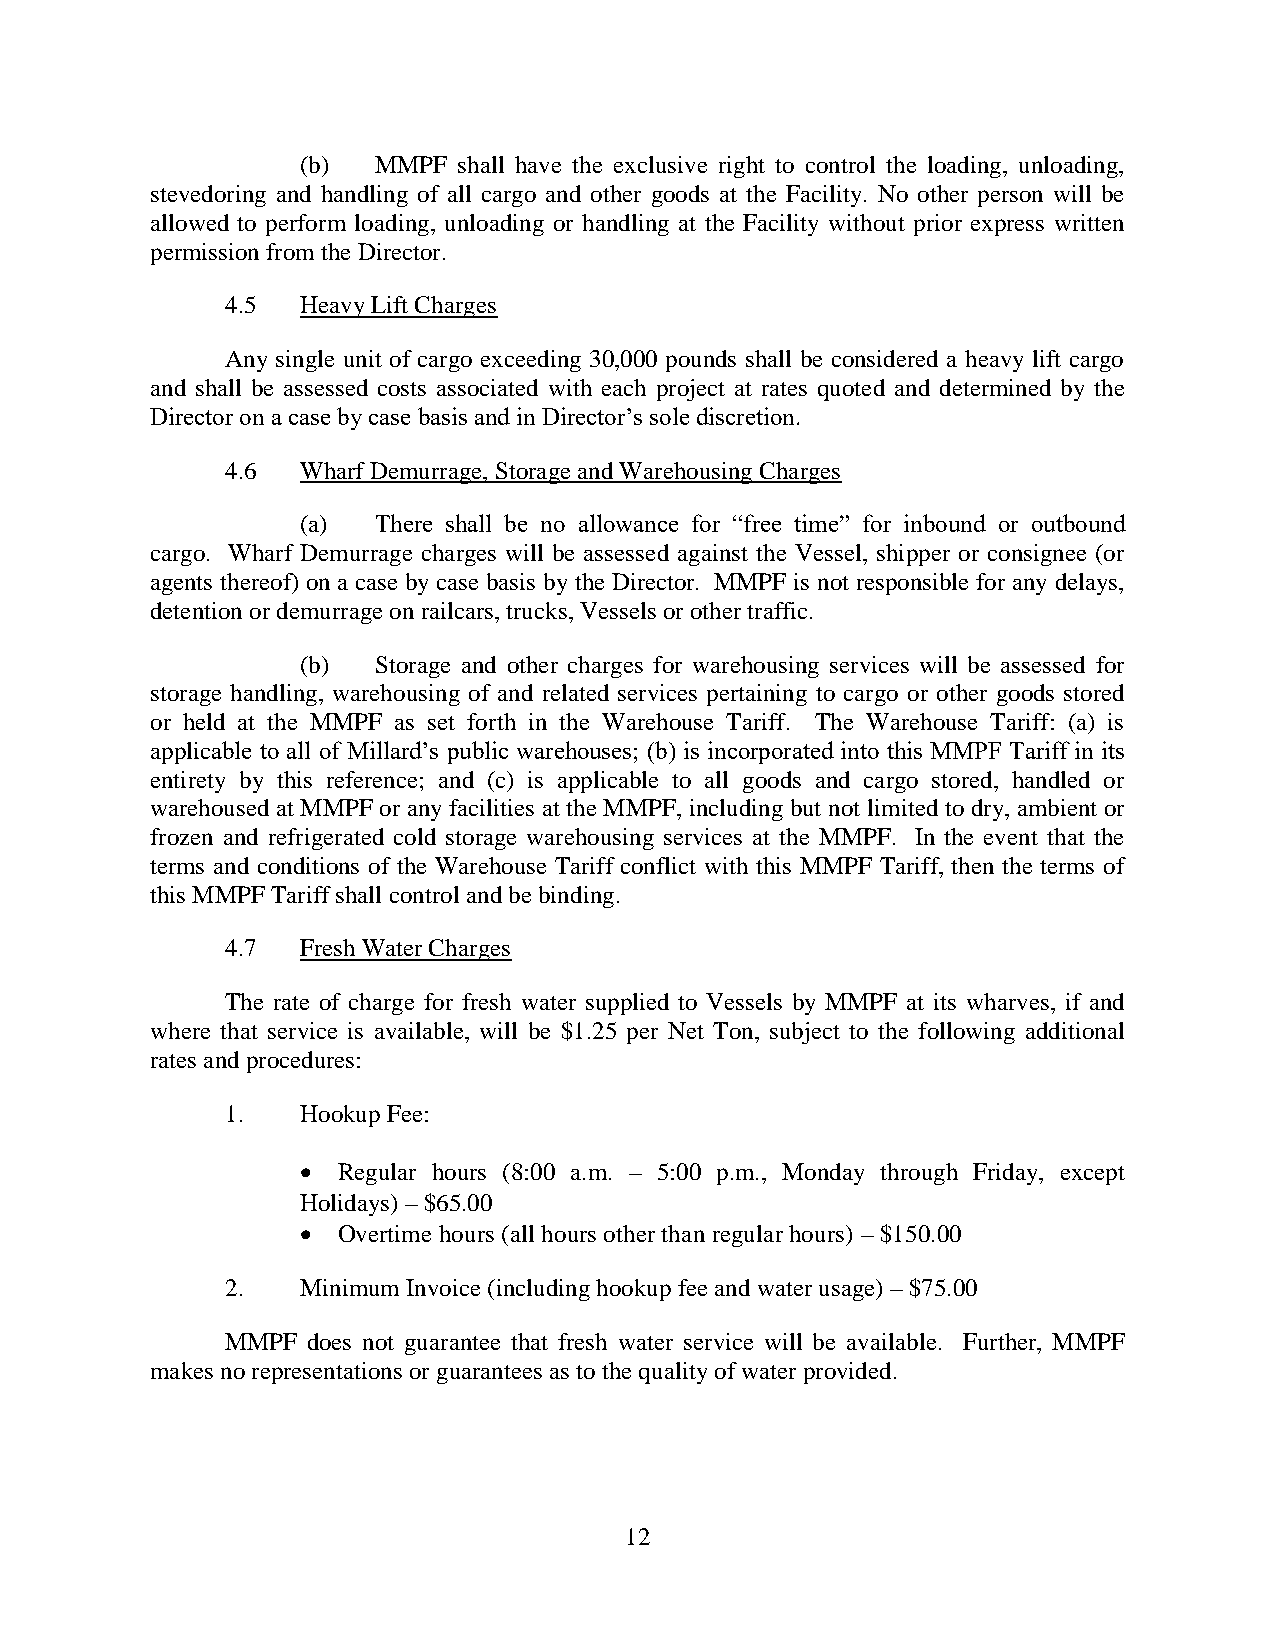
(b)  MMPF shall have the exclusive right to control the loading, unloading,
 stevedoring and handling of all cargo and other goods at the Facility. No other person will be
 allowed to perform loading, unloading or handling at the Facility without prior express written
 permission from the Director.
 4.5  Heavy Lift Charges
 Any single unit of cargo exceeding 30,000 pounds shall be considered a heavy lift cargo
 and shall be assessed costs associated with each project at rates quoted and determined by the
 Director on a case by case basis and in Director’s sole discretion.
 4.6  Wharf Demurrage, Storage and Warehousing Charges
 (a)  There shall be no allowance for “free time” for inbound or outbound
 cargo. Wharf Demurrage charges will be assessed against the Vessel, shipper or consignee (or
 agents thereof) on a case by case basis by the Director. MMPF is not responsible for any delays,
 detention or demurrage on railcars, trucks, Vessels or other traffic.
 (b)  Storage and other charges for warehousing services will be assessed for
 storage handling, warehousing of and related services pertaining to cargo or other goods stored
 or held at the MMPF as set forth in the Warehouse Tariff. The Warehouse Tariff: (a) is
 applicable to all of Millard’s public warehouses; (b) is incorporated into this MMPF Tariff in its
 entirety by this reference; and (c) is applicable to all goods and cargo stored, handled or
 warehoused at MMPF or any facilities at the MMPF, including but not limited to dry, ambient or
 frozen and refrigerated cold storage warehousing services at the MMPF. In the event that the
 terms and conditions of the Warehouse Tariff conflict with this MMPF Tariff, then the terms of
 this MMPF Tariff shall control and be binding.
 4.7  Fresh Water Charges
 The rate of charge for fresh water supplied to Vessels by MMPF at its wharves, if and
 where that service is available, will be $1.25 per Net Ton, subject to the following additional
 rates and procedures:
 1.   Hookup Fee:
 • Regular hours (8:00 a.m. – 5:00 p.m., Monday through Friday, except
 Holidays) – $65.00
 • Overtime hours (all hours other than regular hours) – $150.00
 2.   Minimum Invoice (including hookup fee and water usage) – $75.00
 MMPF does not guarantee that fresh water service will be available. Further, MMPF
 makes no representations or guarantees as to the quality of water provided.
 12